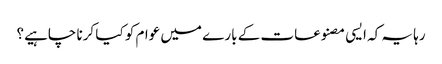
رہا یہ کہ ایسی مصنوعات کے بارے میں عوام کو کیا کرنا چاہیے؟